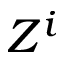
Z ^ { i }